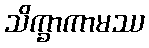
သိက္ခာကာမဿ